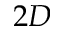
2 D